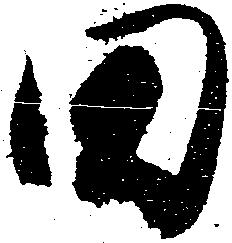
田